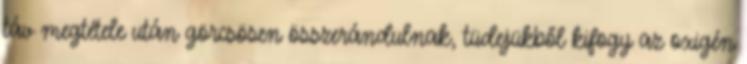
táv megtétele után görcsösen összerándulnak, tüdejükből kifogy az oxigén